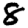
Digit: 8